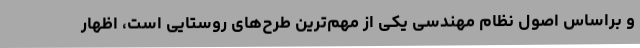
و براساس اصول نظام مهندسی یکی از مهم‌ترین طرح‌های روستایی است، اظهار